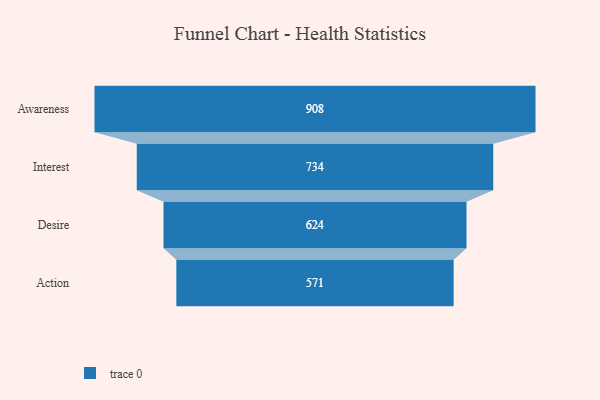
{"axis": {"x": "Stage", "y": "Value"}, "legend": [""], "data": [{"x": "Awareness", "y": 908.0, "type": ""}, {"x": "Interest", "y": 734.0, "type": ""}, {"x": "Desire", "y": 624.0, "type": ""}, {"x": "Action", "y": 571.0, "type": ""}]}